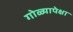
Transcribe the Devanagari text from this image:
गोळ्यापेक्षा